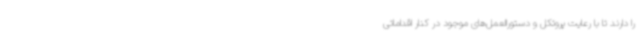
را دارند تا با رعایت پروتکل و دستورالعمل‌های موجود در کنار اقداماتی